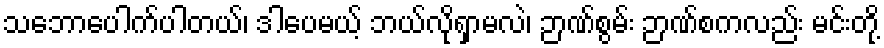
သဘောပေါက်ပါတယ်၊ ဒါပေမယ့် ဘယ်လိုရှာမလဲ၊ ဉာဏ်စွမ်း ဉာဏ်စကလည်း မင်းတို့